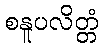
စနူပလိတ္တံ